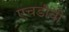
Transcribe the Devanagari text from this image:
एचडीवी